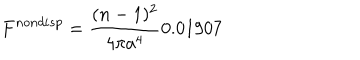
LaTeX: F ^ { n o n d i s p } = \frac { ( n - 1 ) ^ { 2 } } { 4 \pi a ^ { 4 } } 0 . 0 1 9 0 7